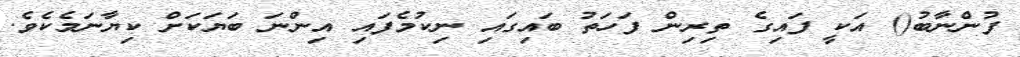
ފުންނާބު() އަކީ ފައިގެ ތިރިން ފަހަތު ބައިގައި ނިކުމެފައި އިންނަ ބަޔަކަށް ކިޔާނަމެކެވެ.